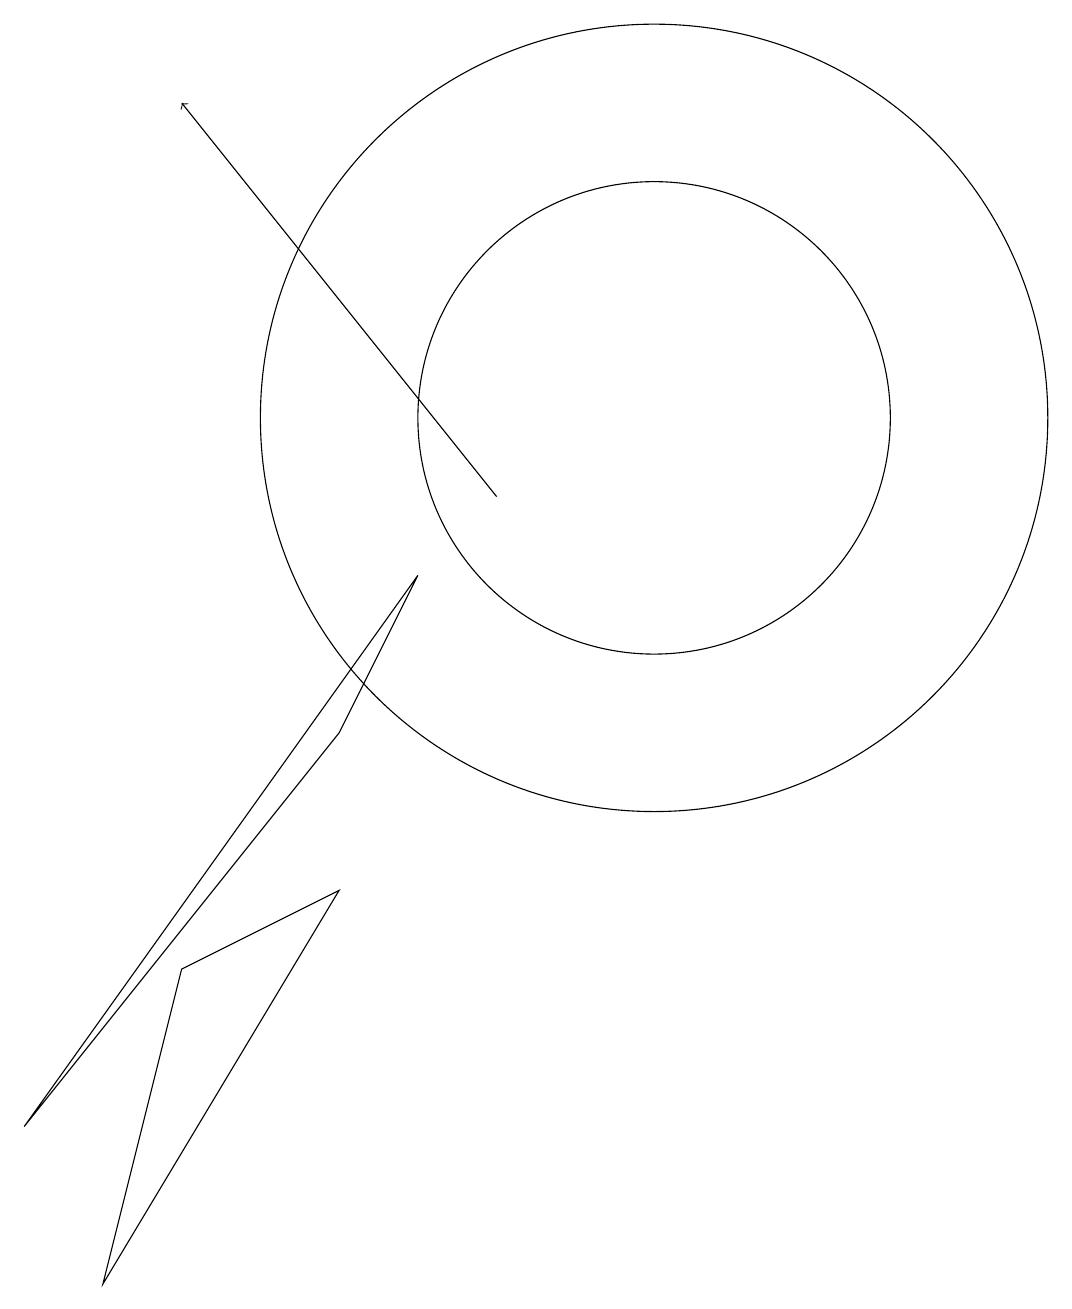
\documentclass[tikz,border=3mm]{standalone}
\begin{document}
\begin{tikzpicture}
\draw (11,11) circle (3);
\draw[->] (9,10) -- (5,15);
\draw (11,11) circle (5);
\draw (4,0) -- (5,4) -- (7,5) -- cycle;
\draw (3,2) -- (8,9) -- (7,7) -- cycle;
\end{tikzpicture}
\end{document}